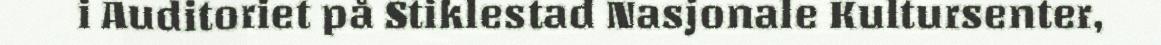
i Auditoriet på Stiklestad Nasjonale Kultursenter,